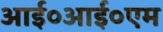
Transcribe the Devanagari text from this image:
आई०आई०एम